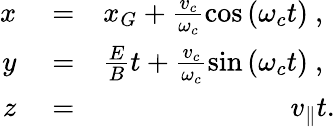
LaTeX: \begin{array}{rlr}{x}&{{}=}&{x_{G}+\frac{v_{c}}{\omega_{c}}\cos\left(\omega_{c}t\right)\mathrm{~,~}}\\ {y}&{{}=}&{\frac{E}{B}t+\frac{v_{c}}{\omega_{c}}\sin\left(\omega_{c}t\right)\mathrm{~,~}}\\ {z}&{{}=}&{v_{\parallel}t.}\end{array}